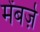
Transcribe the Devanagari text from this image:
मेंबर्ज़